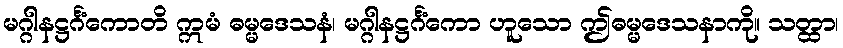
မဂ္ဂါနဋ္ဌင်္ဂံကောတိ ဣမံ ဓမ္မဒေသနံ၊ မဂ္ဂါနဋ္ဌင်္ဂံကော ဟူသော ဤဓမ္မဒေသနာကို။ သတ္ထာ၊